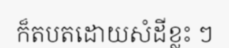
ក៏តបតដោយសំដីខ្លះ ៗ